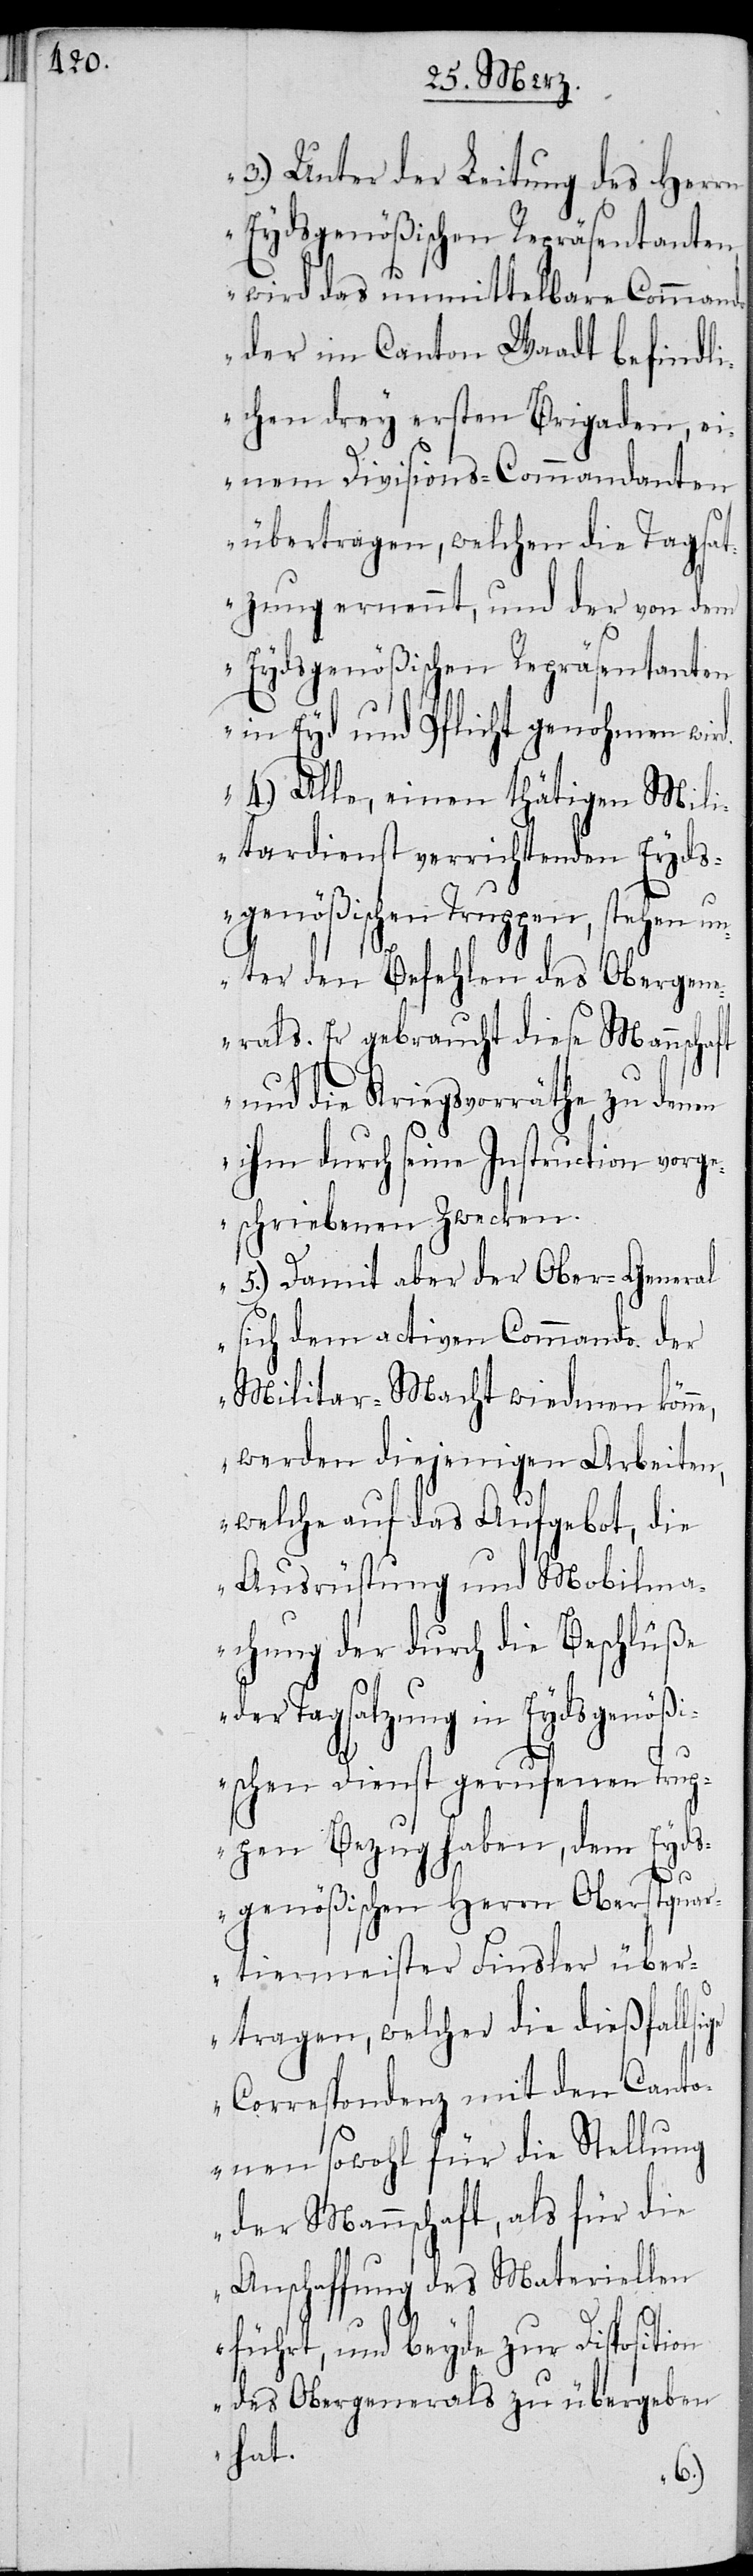
3.) Unter der Leitung des Herrn
Eydsgnößischen Repräsentanten
wird das unmittelbare Commando
der im Canton Waadt befindli¬
chen drey ersten Brigaden, ei¬
nem Divisions-Commandanten
übertragen, welchen die Tagsat¬
zung ernennt, und der von dem
Eydsgenößischen Repräsentanten
in Eyd und Pflicht genohmen
4.) Alle, einen thätigen Mili¬
tardienst verrichtenden Eyds¬
genößischen Truppen, stehen un¬
ter den Befehlen des Obergen¬
erals. Er gebraucht diese Mannschaft
und die Kriegsräthe zu denen
ihm durch seine Instruction vorge¬
schriebenen Zwecken.
5.) Damit aber der Ober-General
sich dem activen Commando der
Militar-Macht wiedmen könne,
werden diejenigen Arbeiten,
welche auf das Aufgebot, die
Ausrüstung und Mobilma¬
chung der durch die Beschlüße
der Tagsatzung in Eydsgenößi¬
schen Dienst gerufenen Trup¬
pen Bezug haben, dem Eyds¬
genößischen Herrn Oberstquar¬
tiermeister Finsler über¬
tragen, welcher die diesfällige
Correspondenz mit den Canto¬
nen sowohl für die Stellung
der Mannschaft, als für die
Anschaffung des Materiellen
führt, und beyde zur Disposition
des Obergenerals zu übergeben
hat.